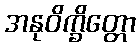
အနုဝိက္ခိတ္တော